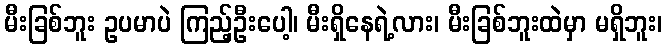
မီးခြစ်ဘူး ဥပမာပဲ ကြည့်ဦးပေါ့၊ မီးရှိနေရဲ့လား၊ မီးခြစ်ဘူးထဲမှာ မရှိဘူး၊